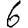
Digit: 6